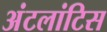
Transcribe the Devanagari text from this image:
अंटलांटिस